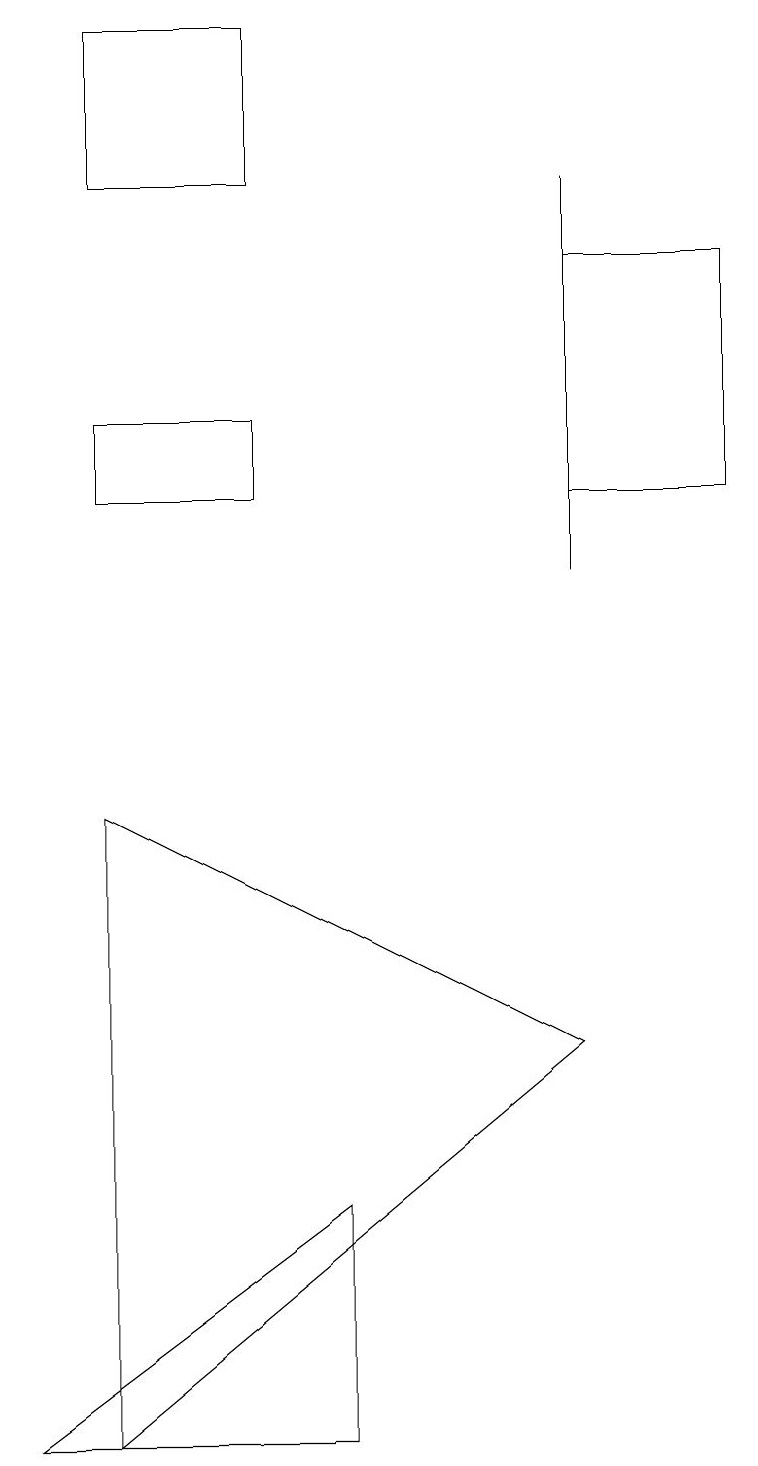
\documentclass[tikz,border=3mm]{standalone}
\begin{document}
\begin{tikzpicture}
\draw (7,5) -- (1,8) -- (1,0) -- cycle;
\draw (7,11) rectangle (7,16);
\draw (7,15) rectangle (9,12);
\draw (1,13) rectangle (3,12);
\draw (3,16) rectangle (1,18);
\draw (4,3) -- (4,0) -- (0,0) -- cycle;
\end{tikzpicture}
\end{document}